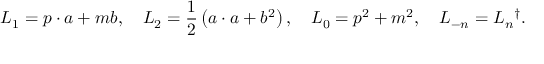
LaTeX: L _ { 1 } = p \cdot a + m b , \quad L _ { 2 } = \frac 1 2 \left( a \cdot a + b ^ { 2 } \right) , \quad L _ { 0 } = p ^ { 2 } + m ^ { 2 } , \quad L _ { - n } = L _ { n } { } ^ { \dag } .